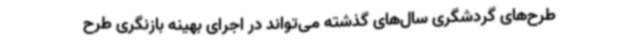
طرح‌های گردشگری سال‌های گذشته می‌تواند در اجرای بهینه بازنگری طرح